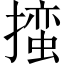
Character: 𪮳